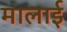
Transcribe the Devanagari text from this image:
मालाई